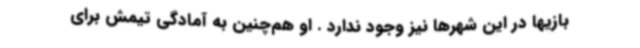
بازیها در این شهرها نیز وجود ندارد . او هم‌چنین به آمادگی تیمش برای